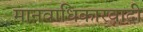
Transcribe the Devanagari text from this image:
मानवाधिकारवादी